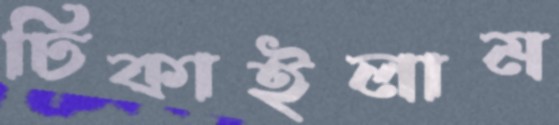
ঢিকাইলাম